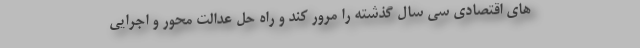
های اقتصادی سی سال گذشته را مرور کند و راه حل عدالت محور و اجرایی